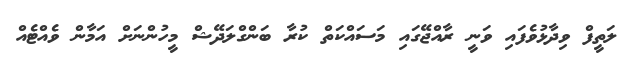
ލަތީފް ވިދާޅުވެފައި ވަނީ ރާއްޖޭގައި މަސައްކަތް ކުރާ ބަންގްލަދޭޝް މީހުންނަށް އަމާން ވެއްޓެއް